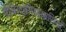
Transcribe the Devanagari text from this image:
बैबिलोनियावासियों